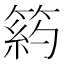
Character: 箹